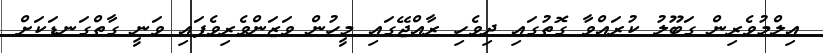
އިލްމުވެރިން ގަބޫލު ކުރައްވާ ގޮތުގައި ދިވެހި ރާއްޖޭގައި މީހުން ވަޒަންވެރިވެފައި ވަނީ ގާތްގަނޑަކަށް